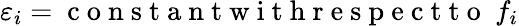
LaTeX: \varepsilon_{i}=\mathrm{~c~o~n~s~t~a~n~t~w~i~t~h~r~e~s~p~e~c~t~t~o~}\ f_{i}